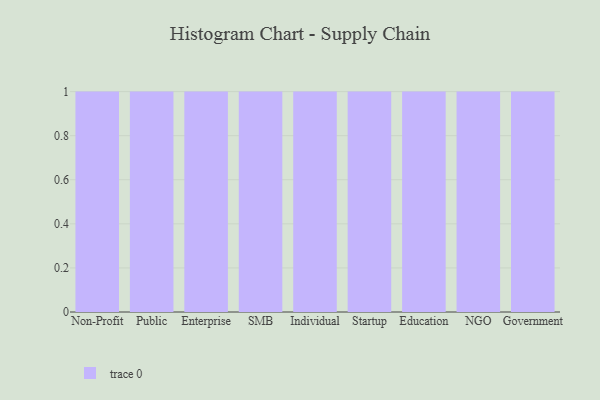
{"axis": {"x": "Segment", "y": "Shipments"}, "legend": [""], "data": [{"x": "Non-Profit", "y": 52, "type": ""}, {"x": "Public", "y": 69, "type": ""}, {"x": "Enterprise", "y": 73, "type": ""}, {"x": "SMB", "y": 77, "type": ""}, {"x": "Individual", "y": 63, "type": ""}, {"x": "Startup", "y": 57, "type": ""}, {"x": "Education", "y": 3, "type": ""}, {"x": "NGO", "y": 33, "type": ""}, {"x": "Government", "y": 26, "type": ""}]}